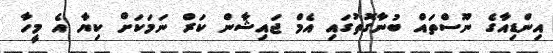
އިންޑިއާގެ ނޫސްތައް ބުނާގޮތުގައި އެމް ޖައިޝާން ކަރް ނަމަކަށް ކިޔާ އެ މީހާ